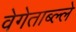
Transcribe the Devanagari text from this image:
वेगेताब्ल्ले